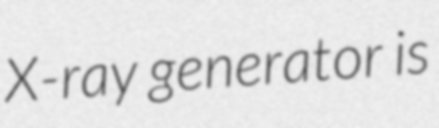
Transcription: X-ray generator is